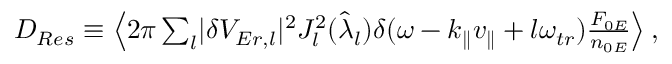
\begin{array} { r } { D _ { R e s } \equiv \left\langle 2 \pi \sum _ { l } \lvert \delta V _ { E r , l } \rvert ^ { 2 } J _ { l } ^ { 2 } ( \hat { \lambda } _ { l } ) \delta ( \omega - k _ { \parallel } v _ { \parallel } + l \omega _ { t r } ) \frac { F _ { 0 E } } { n _ { 0 E } } \right\rangle , } \end{array}